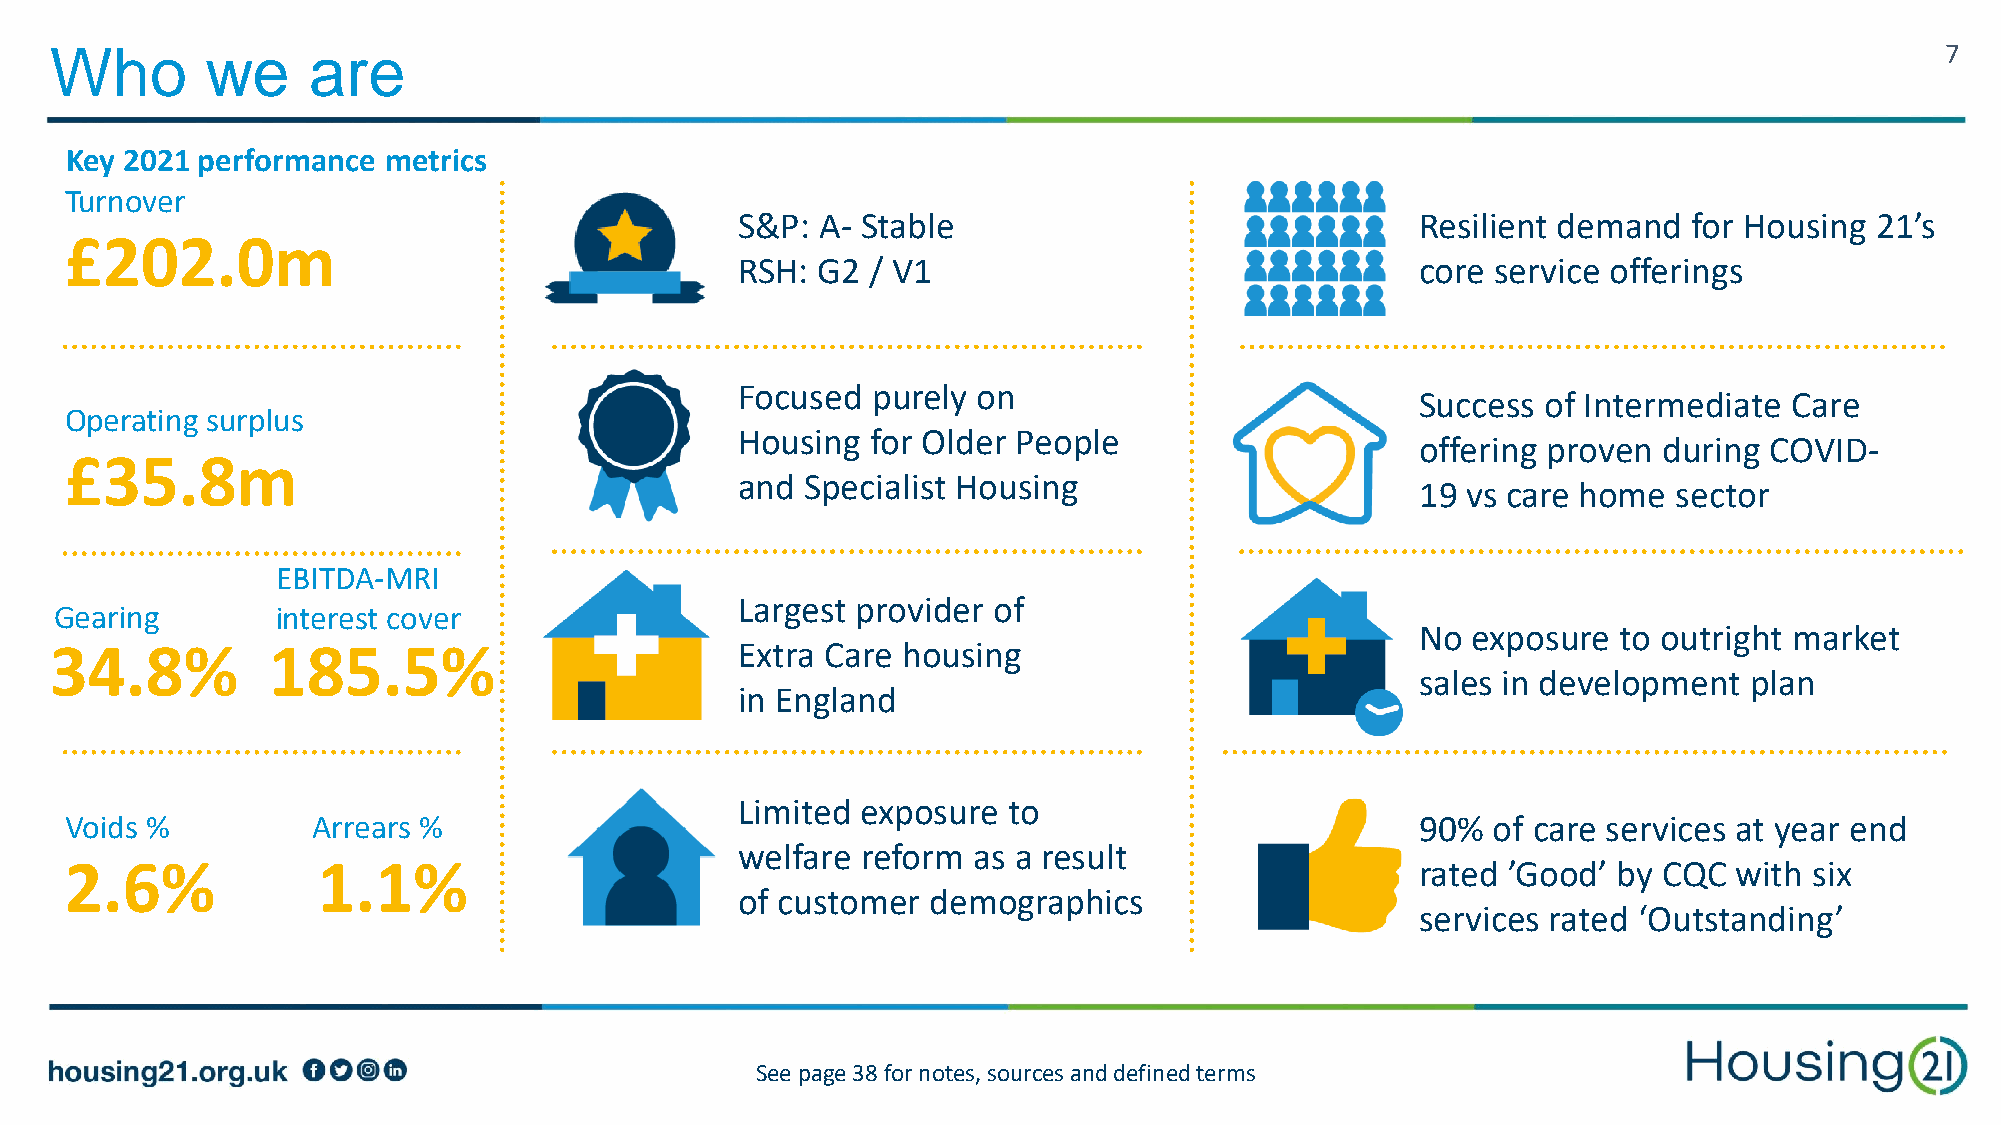
Who        we    are                                                                                                          7
 Key 2021 performance metrics
 Turnover
 S&P: A- Stable                               Resilient demand  for Housing 21’s
 £202.0m
 RSH: G2 / V1                                 core service offerings
 Focused  purely on
 Success of Intermediate  Care
 Operating surplus
 Housing  for Older People
 offering proven during COVID-
 £35.8m
 and Specialist Housing
 19 vs care home  sector
 EBITDA-MRI
 Largest provider of
 Gearing       interest cover
 No exposure  to outright market
 34.8%          185.5%                         Extra Care housing
 sales in development  plan
 in England
 Limited exposure  to
 Voids %          Arrears %                                                                90%  of care services at year end
 welfare reform as a result
 2.6%             1.1%                                                                     rated ’Good’ by CQC  with six
 of customer  demographics
 services rated ‘Outstanding’
 See page 38 for notes, sources and defined terms